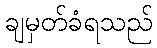
ချမှတ်ခံရသည်